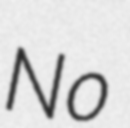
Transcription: No